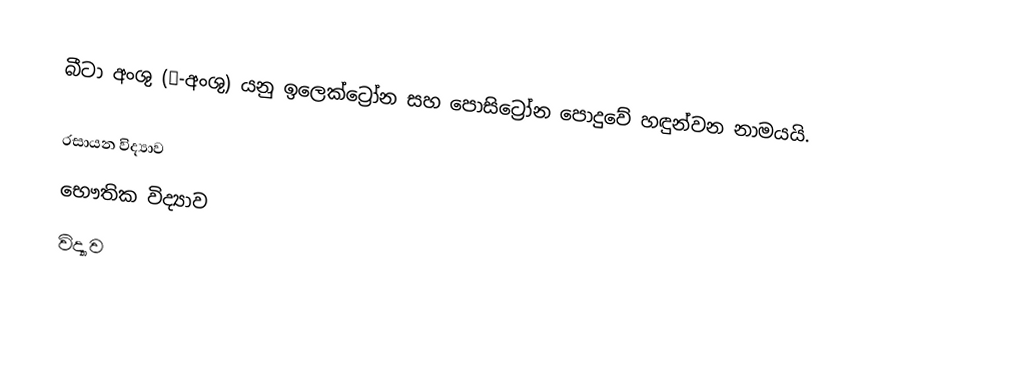
බීටා අංශු (β-අංශු) යනු ඉලෙක්ට්‍රෝන සහ පොසිට්‍රෝන පොදුවේ හඳුන්වන නාමයයි.

රසායන විද්‍යාව
භෞතික විද්‍යාව
විද්‍යාව